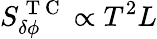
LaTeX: S_{\delta\phi}^{\mathrm{~T~C~}}\propto T^{2}L